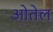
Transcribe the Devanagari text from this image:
ओतेल